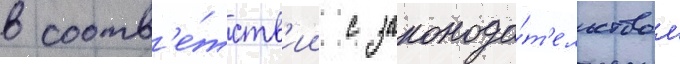
в соотв'е́тств'ии с законода́т'ельством